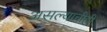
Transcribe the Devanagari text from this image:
असल्याचीही